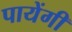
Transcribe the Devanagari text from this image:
पायेंगी